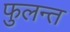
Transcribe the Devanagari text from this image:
फुलन्त